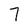
Character: 7